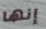
إنها